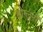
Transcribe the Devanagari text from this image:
मोग्लंनी